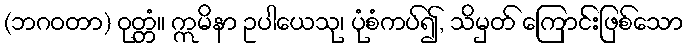
(ဘဂဝတာ) ဝုတ္တံ။ ဣမိနာ ဥပါယေသု၊ ပုံစံကပ်၍, သိမှတ် ကြောင်းဖြစ်သော